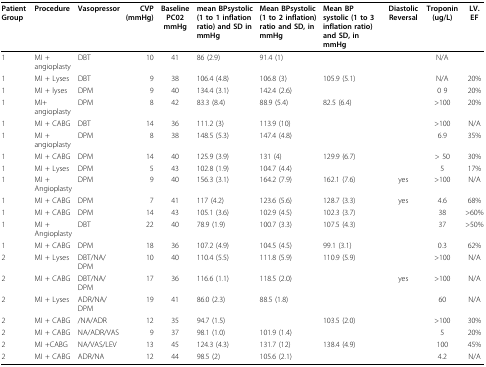
<table><thead><tr><td><b>Patient Group</b></td><td><b>Procedure</b></td><td><b>Vasopressor</b></td><td><b>CVP (mmHg)</b></td><td><b>Baseline PC02 mmHg</b></td><td><b>mean BPsystolic (1 to 1 inflation ratio) and SD in mmHg</b></td><td><b>Mean BPsystolic (1 to 2 inflation) ratio and SD, in mmHg</b></td><td><b>Mean BP systolic (1 to 3 inflation ratio) and SD, in mmHg</b></td><td><b>Diastolic Reversal</b></td><td><b>Troponin (ug/L)</b></td><td><b>LV. EF</b></td></tr></thead><tbody><tr><td>1</td><td>MI + angioplasty</td><td>DBT</td><td>10</td><td>41</td><td>86 (2.9)</td><td>91.4 (1)</td><td></td><td></td><td>N/A</td><td></td></tr><tr><td>1</td><td>MI + Lyses</td><td>DBT</td><td>9</td><td>38</td><td>106.4 (4.8)</td><td>106.8 (3)</td><td>105.9 (5.1)</td><td></td><td>N/A</td><td>20%</td></tr><tr><td>1</td><td>MI + lyses</td><td>DPM</td><td>9</td><td>40</td><td>134.4 (3.1)</td><td>142.4 (2.6)</td><td></td><td></td><td>0 9</td><td>20%</td></tr><tr><td>1</td><td>MI+ angioplasty</td><td>DPM</td><td>8</td><td>42</td><td>83.3 (8.4)</td><td>88.9 (5.4)</td><td>82.5 (6.4)</td><td></td><td>&gt;100</td><td>20%</td></tr><tr><td>1</td><td>MI + CABG</td><td>DBT</td><td>14</td><td>36</td><td>111.2 (3)</td><td>113.9 (10)</td><td></td><td></td><td>&gt;100</td><td>N/A</td></tr><tr><td>1</td><td>MI + angioplasty</td><td>DPM</td><td>8</td><td>38</td><td>148.5 (5.3)</td><td>147.4 (4.8)</td><td></td><td></td><td>6.9</td><td>35%</td></tr><tr><td>1</td><td>MI + CABG</td><td>DPM</td><td>14</td><td>40</td><td>125.9 (3.9)</td><td>131 (4)</td><td>129.9 (6.7)</td><td></td><td>&gt; 50</td><td>30%</td></tr><tr><td>1</td><td>MI + Lyses</td><td>DPM</td><td>5</td><td>43</td><td>102.8 (1.9)</td><td>104.7 (4.4)</td><td></td><td></td><td>5</td><td>17%</td></tr><tr><td>1</td><td>MI + Angioplasty</td><td>DPM</td><td>9</td><td>40</td><td>156.3 (3.1)</td><td>164.2 (7.9)</td><td>162.1 (7.6)</td><td>yes</td><td>&gt;100</td><td>N/A</td></tr><tr><td>1</td><td>MI + CABG</td><td>DPM</td><td>7</td><td>41</td><td>117 (4.2)</td><td>123.6 (5.6)</td><td>128.7 (3.3)</td><td>yes</td><td>4.6</td><td>68%</td></tr><tr><td>1</td><td>MI + CABG</td><td>DPM</td><td>14</td><td>43</td><td>105.1 (3.6)</td><td>102.9 (4.5)</td><td>102.3 (3.7)</td><td></td><td>38</td><td>&gt;60%</td></tr><tr><td>1</td><td>MI + Angioplasty</td><td>DBT</td><td>22</td><td>40</td><td>78.9 (1.9)</td><td>100.7 (3.3)</td><td>107.5 (4.3)</td><td></td><td>37</td><td>&gt;50%</td></tr><tr><td>1</td><td>MI + CABG</td><td>DPM</td><td>18</td><td>36</td><td>107.2 (4.9)</td><td>104.5 (4.5)</td><td>99.1 (3.1)</td><td></td><td>0.3</td><td>62%</td></tr><tr><td>2</td><td>MI + Lyses</td><td>DBT/NA/DPM</td><td>10</td><td>40</td><td>110.4 (5.5)</td><td>111.8 (5.9)</td><td>110.9 (5.9)</td><td></td><td>&gt;100</td><td>N/A</td></tr><tr><td>2</td><td>MI + CABG</td><td>DBT/NA/DPM</td><td>17</td><td>36</td><td>116.6 (1.1)</td><td>118.5 (2.0)</td><td></td><td>yes</td><td>&gt;100</td><td>N/A</td></tr><tr><td>2</td><td>MI + Lyses</td><td>ADR/NA/DPM</td><td>19</td><td>41</td><td>86.0 (2.3)</td><td>88.5 (1.8)</td><td></td><td></td><td>60</td><td>N/A</td></tr><tr><td>2</td><td>MI + CABG</td><td>/NA/ADR</td><td>12</td><td>35</td><td>94.7 (1.5)</td><td></td><td>103.5 (2.0)</td><td></td><td>&gt;100</td><td>30%</td></tr><tr><td>2</td><td>MI + CABG</td><td>NA/ADR/VAS</td><td>9</td><td>37</td><td>98.1 (1.0)</td><td>101.9 (1.4)</td><td></td><td></td><td>5</td><td>20%</td></tr><tr><td>2</td><td>MI +CABG</td><td>NA/VAS/LEV</td><td>13</td><td>45</td><td>124.3 (4.3)</td><td>131.7 (12)</td><td>138.4 (4.9)</td><td></td><td>100</td><td>45%</td></tr><tr><td>2</td><td>MI + CABG</td><td>ADR/NA</td><td>12</td><td>44</td><td>98.5 (2)</td><td>105.6 (2.1)</td><td></td><td></td><td>4.2</td><td>N/A</td></tr></tbody></table>